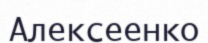
Алексеенко